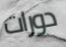
دورات